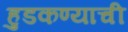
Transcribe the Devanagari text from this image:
हुडकण्याची